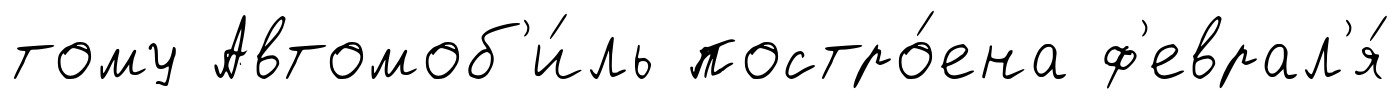
тому Автомоб'и́ль постро́ена ф'еврал'я́